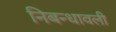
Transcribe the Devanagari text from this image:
निबन्धावली